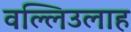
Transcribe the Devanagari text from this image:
वल्लिउलाह